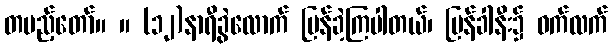
တပည့်တော်။ ။ (၁၂)နာရီခွဲလောက် ပြန်ခဲ့ကြပါတယ်၊ ပြန်ခါနီး၌ ဝက်လက်